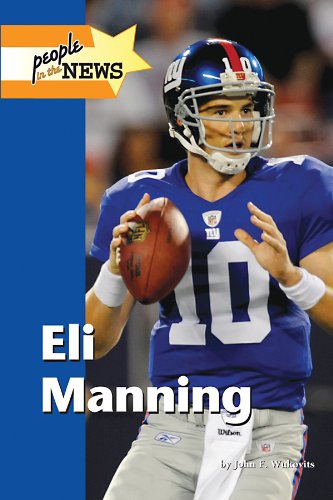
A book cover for Eli Manning (People in the News); John F. Wukovits; Teen & Young Adult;